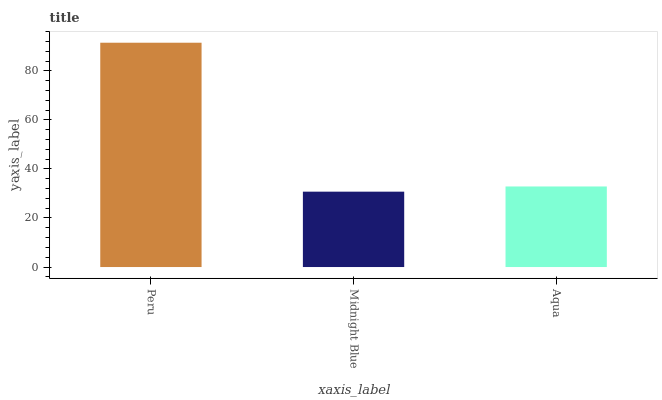
| xaxis_label | bars |
 | --- | --- |
 | Peru | 91.5 |
 | Midnight Blue | 30.7 |
 | Aqua | 32.9 |